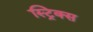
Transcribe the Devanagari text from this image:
स्ट्रिक्स